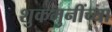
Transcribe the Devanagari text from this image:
शुकमुनींच्या